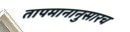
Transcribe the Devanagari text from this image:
तापमानानुसारच